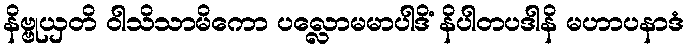
နိဗ္ဗုယှတိ ဝါသိသာမိကော ပလ္လောမမာပါဒိံ နိပါတပဒါနိ မဟာပနာဒံ